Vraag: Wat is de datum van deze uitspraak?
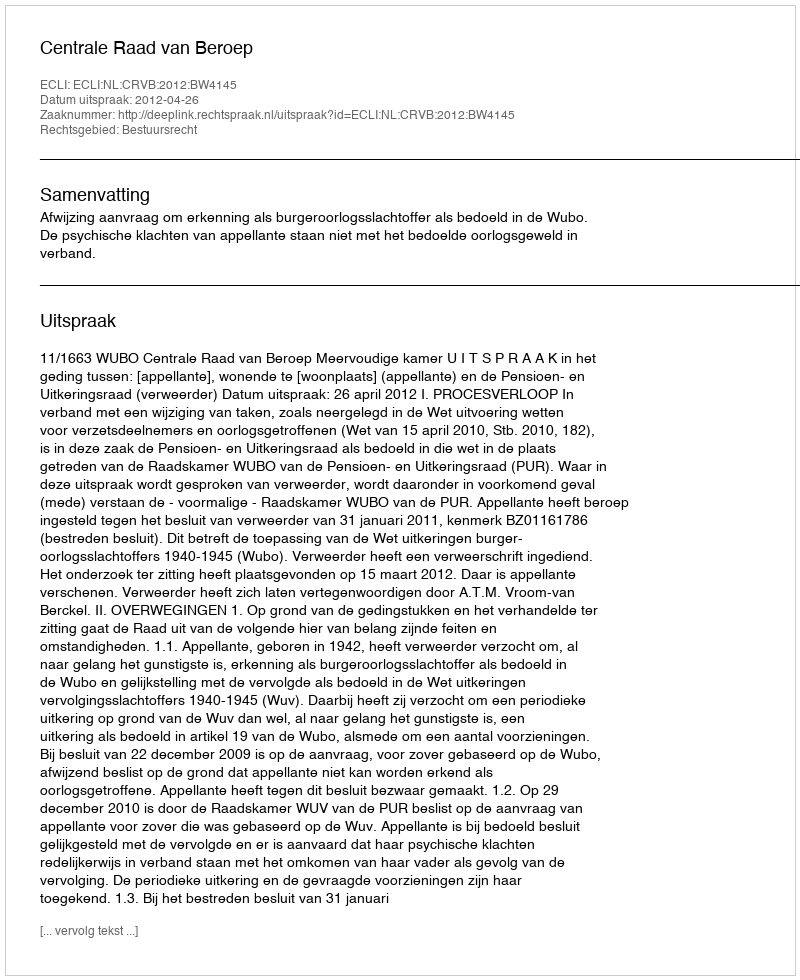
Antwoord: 2012-04-26